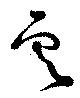
雲